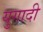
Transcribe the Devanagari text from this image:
युगादी